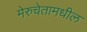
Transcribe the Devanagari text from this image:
मेरुचेतामधील